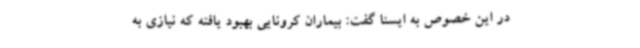
در این خصوص به ایسنا گفت: بیماران کرونایی بهبود یافته که نیازی به